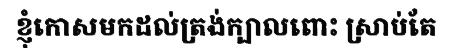
ខ្ញុំកោសមកដល់ត្រង់ក្បាលពោះ ស្រាប់តែ